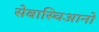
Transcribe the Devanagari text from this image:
सेबास्चिआनो